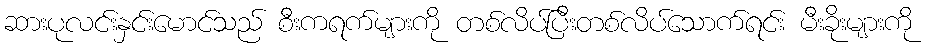
ဆားပုလင်းနှင်းမောင်သည် စီးကရက်များကို တစ်လိပ်ပြီးတစ်လိပ်သောက်ရင်း မီးခိုးများကို